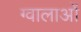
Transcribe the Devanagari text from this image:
ग्वालाओं